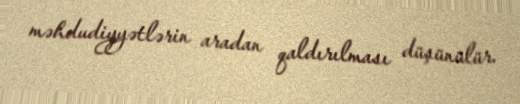
məhdudiyyətlərin aradan qaldırılması düşünülür.